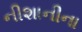
નીશાનીના